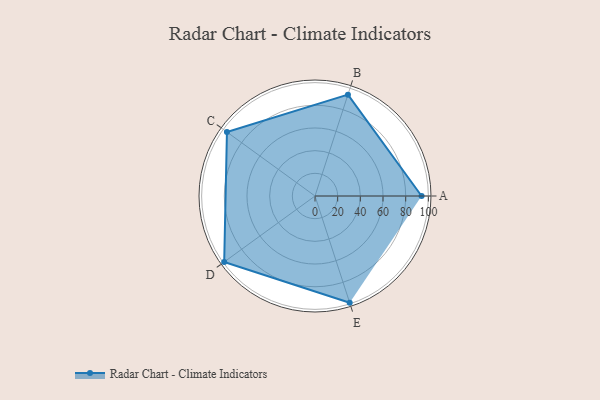
{"axis": {"x": "Skill", "y": "Score"}, "legend": ["Profile"], "data": [{"x": "A", "y": 94.0, "type": "Profile"}, {"x": "B", "y": 94.0, "type": "Profile"}, {"x": "C", "y": 96.0, "type": "Profile"}, {"x": "D", "y": 99.0, "type": "Profile"}, {"x": "E", "y": 99, "type": "Profile"}]}